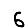
Digit: 6